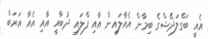
އެއީ ބަގްލަދޭޝްގެ ބިމާން އެއާލައިން އާއި ފްލައި ދުބާއީ އާއި އެއާ އަރަބް